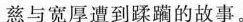
慈与宽厚遭到蹂躇的故事。